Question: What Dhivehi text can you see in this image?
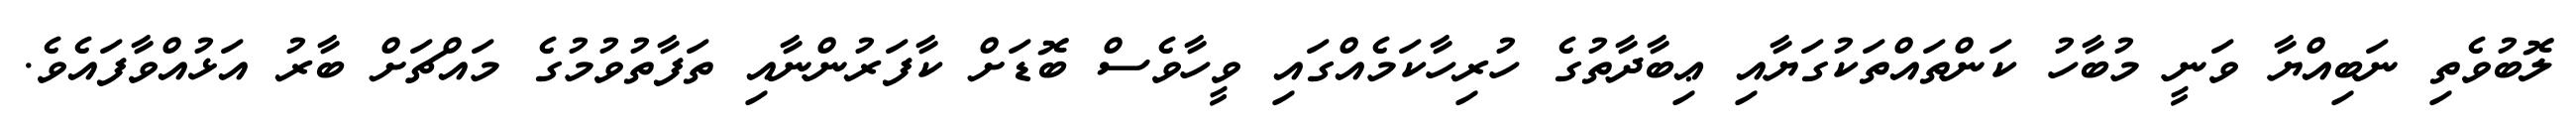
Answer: ލޮބުވެތި ނަބިއްޔާ ވަނީ މުބާހު ކަންތައްތަކުގަޔާއި ޢިބާދާތުގެ ހުރިހާކަމެއްގައި ވީހާވެސް ބޮޑަށް ކާފަރުންނާއި ތަފާތުވުމުގެ މައްޗަށް ބާރު އަޅުއްވާފައެވެ.